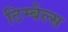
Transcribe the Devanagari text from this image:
टिम्बेल्स